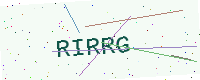
Text: RIRRG